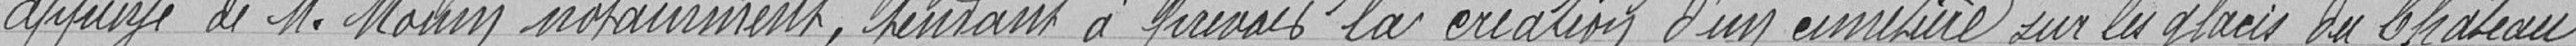
appuyé de M. Mouin notamment, tendant à XXX la création d'un cimetière sur le glacis du Château